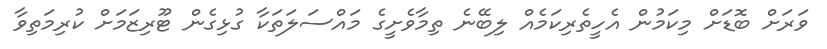
ވަރަށް ބޮޑަށް މިކަމުން އެހީތެރިކަމެއް ލިބޭނެ ތިމާވެށީގެ މައްސަލަތަކާ ގުޅިގެން ޓޫރިޒަމަށް ކުރިމަތިވާ